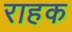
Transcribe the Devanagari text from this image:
राहक